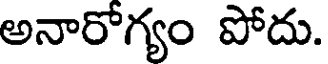
అనారోగ్యం పోదు.